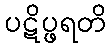
ပဋိပ္ဖရတိ